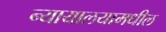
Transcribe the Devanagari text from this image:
न्यायालयामधील